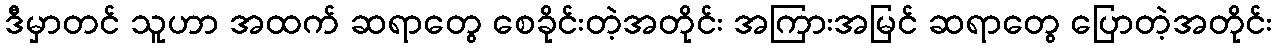
ဒီမှာတင် သူဟာ အထက် ဆရာတွေ စေခိုင်းတဲ့အတိုင်း အကြားအမြင် ဆရာတွေ ပြောတဲ့အတိုင်း